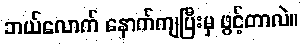
ဘယ်လောက် နောက်ကျပြီးမှ ဖွင့်တာလဲ။